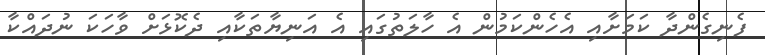
ފެނިގެންދާ ކަމަށާއި އެހެންކަމުން އެ ހާލަތުގައި އެ އަނިޔާތަކާއި ދެކޮޅަށް ވާހަކަ ނުދައްކާ